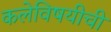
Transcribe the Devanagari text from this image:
कलेविषयीची